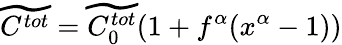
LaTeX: \widetilde{C^{tot}}=\widetilde{C_{0}^{tot}}(1+f^{\alpha}(x^{\alpha}-1))